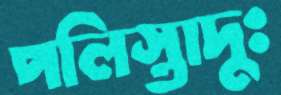
পলিস্তাদুঃ